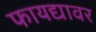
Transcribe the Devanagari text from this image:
फायद्यावर